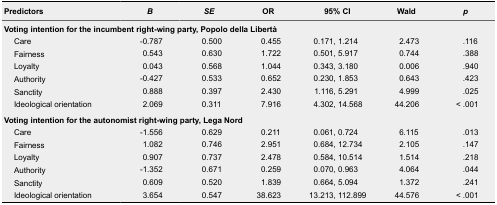
| Predictors | B | SE | OR | 95% CI | Wald | p |
 | --- | --- | --- | --- | --- | --- | --- |
 | <COLSPAN=7> Voting intention for the incumbent right-wing party, Popolo della Libertà |
 | Care | -0.787 | 0.500 | 0.455 | 0.171, 1.214 | 2.473 | .116 |
 | Fairness | 0.543 | 0.630 | 1.722 | 0.501, 5.917 | 0.744 | .388 |
 | Loyalty | 0.043 | 0.568 | 1.044 | 0.343, 3.180 | 0.006 | .940 |
 | Authority | -0.427 | 0.533 | 0.652 | 0.230, 1.853 | 0.643 | .423 |
 | Sanctity | 0.888 | 0.397 | 2.430 | 1.116, 5.291 | 4.999 | .025 |
 | Ideological orientation | 2.069 | 0.311 | 7.916 | 4.302, 14.568 | 44.206 | < .001 |
 | <COLSPAN=7> Voting intention for the autonomist right-wing party, Lega Nord |
 | Care | -1.556 | 0.629 | 0.211 | 0.061, 0.724 | 6.115 | .013 |
 | Fairness | 1.082 | 0.746 | 2.951 | 0.684, 12.734 | 2.105 | .147 |
 | Loyalty | 0.907 | 0.737 | 2.478 | 0.584, 10.514 | 1.514 | .218 |
 | Authority | -1.352 | 0.671 | 0.259 | 0.070, 0.963 | 4.064 | .044 |
 | Sanctity | 0.609 | 0.520 | 1.839 | 0.664, 5.094 | 1.372 | .241 |
 | Ideological orientation | 3.654 | 0.547 | 38.623 | 13.213, 112.899 | 44.576 | < .001 |